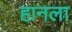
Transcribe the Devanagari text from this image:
हानला